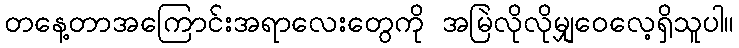
တနေ့တာအကြောင်းအရာလေးတွေကို အမြဲလိုလိုမျှဝေလေ့ရှိသူပါ။